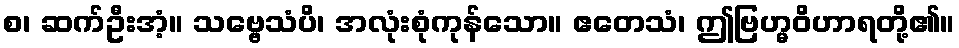
စ၊ ဆက်ဦးအံ့။ သဗ္ဗေသံပိ၊ အလုံးစုံကုန်သော။ ဧတေသံ၊ ဤဗြဟ္မဝိဟာရတို့၏။